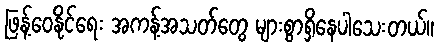
ဖြန့်ဝေနိုင်ရေး အကန့်အသတ်တွေ များစွာရှိနေပါသေးတယ်။